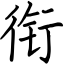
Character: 衔